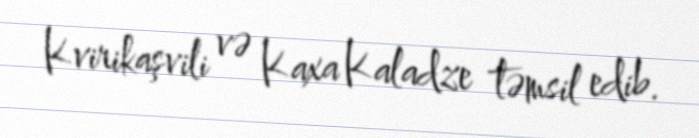
Kvirikaşvili və Kaxa Kaladze təmsil edib.